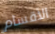
الأقسام